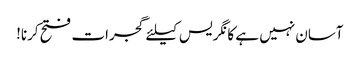
آسان نہیں ہے کانگریس کیلئے گجرات فتح کرنا!